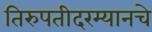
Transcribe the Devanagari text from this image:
तिरुपतीदरम्यानचे